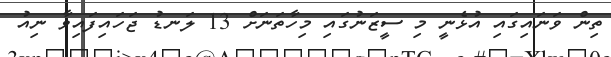
ތިން ވަނައިގައި އުޅެނީ މި ސީޒަނުގައި މިހާތަނަށް 13 ލަނޑު ޖަހައިފައިވާ ނިއު